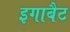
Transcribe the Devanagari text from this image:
इगाबैट